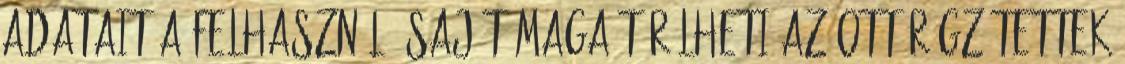
adatait a Felhasználó saját maga törölheti az ott rögzítettek